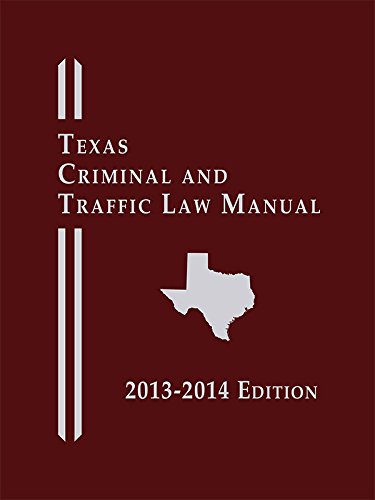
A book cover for Texas Criminal and Traffic Law Manual, Softcover Edition (2013-2014) (Gould's Texas Traffic Laws); Publisher's Editorial Staff  9780769888347; Law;